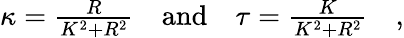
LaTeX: \begin{array}{r}{\kappa=\frac{R}{K^{2}+R^{2}}\quad\textrm{and}\quad\tau=\frac{K}{K^{2}+R^{2}}\quad,}\end{array}